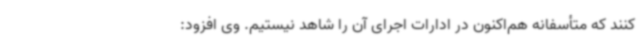
کنند که متأسفانه هم‌اکنون در ادارات اجرای آن را شاهد نیستیم. وی افزود: